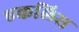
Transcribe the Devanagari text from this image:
एकलिस